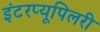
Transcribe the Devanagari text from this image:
इंटरप्यूपिलरी